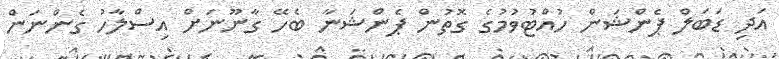
އަދި ޑަބަލް ޕެންޝަން ހުއްޓުވުމުގެ ގޮތުން ޕެންޝަނާ ބެހޭ ގާނޫނަށް އިސްލާހު ގެންނަން